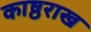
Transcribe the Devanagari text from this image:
काष्ठराख